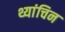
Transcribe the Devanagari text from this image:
थ्यांचिन